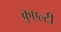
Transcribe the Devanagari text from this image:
क्रुएल्टी